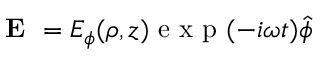
\textbf { E } = E _ { \phi } ( \rho , z ) \textrm { e x p } ( - i \omega t ) \hat { \phi }